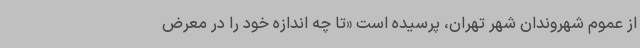
از عموم شهروندان شهر تهران، پرسیده است «تا چه اندازه خود را در معرض